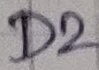
Text: D2